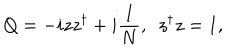
LaTeX: Q = - i z z ^ { \dagger } + i \frac { I } { N } , ~ ~ z ^ { \dagger } z = 1 ,